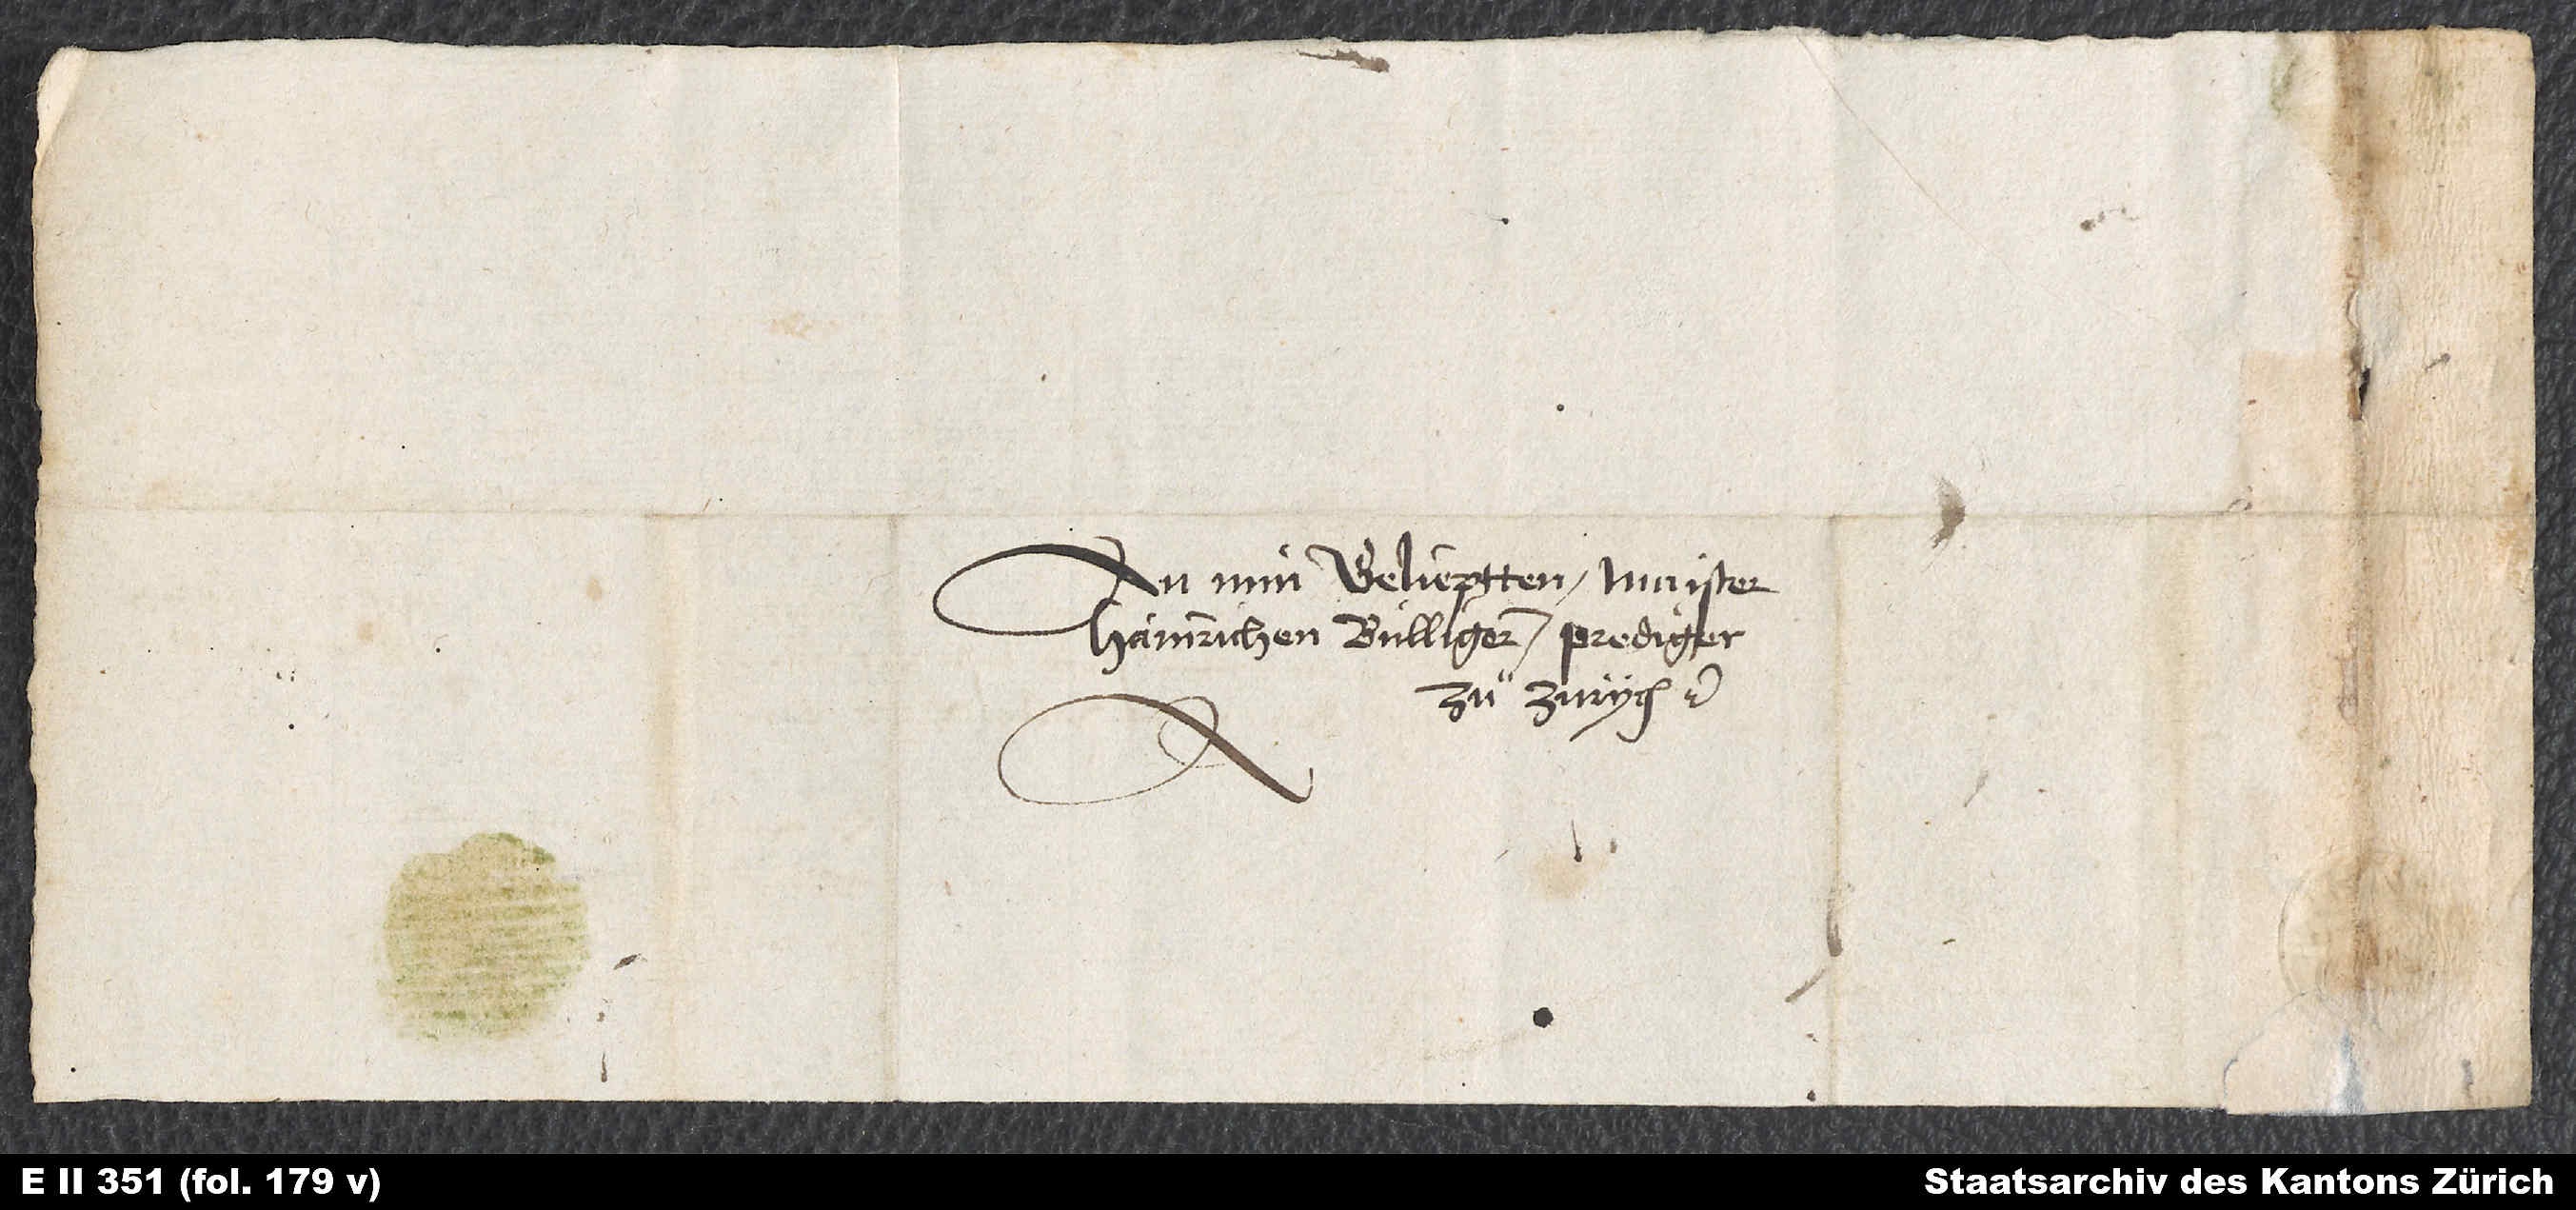
An min gelieptten Maister
Hainrichen Bullingern, prediger
zuͦ Zürych etc.